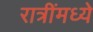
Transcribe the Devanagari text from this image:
रात्रींमध्ये